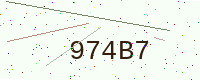
Text: 974B7